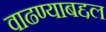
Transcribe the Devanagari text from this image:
वाढण्याबद्दल